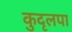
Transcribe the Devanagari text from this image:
कुदृलपा